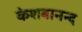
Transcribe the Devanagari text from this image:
केशबानन्द